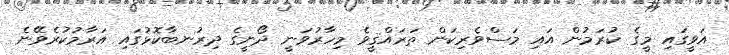
އަވީގައި މީގެ ކުރަމުން އައި މަސްވެރިކަން ތަރައްޤީވެ މިހާރުވަނީ ދޯނީގެ ދިރުނބާކޮޅުގައި އަރާމުކުރެވޭނެ